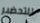
للتحضير